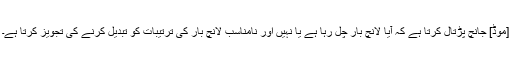
[موڈ] جانچ پڑتال کرتا ہے کہ آیا لانچ بار چل رہا ہے یا نہیں اور نامناسب لانچ بار کی ترتیبات کو تبدیل کرنے کی تجویز کرتا ہے۔